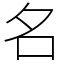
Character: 名